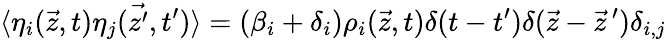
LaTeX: \langle\eta_{i}(\vec{z},t)\eta_{j}(\vec{z^{\prime}},t^{\prime})\rangle=(\beta_{i}+\delta_{i})\rho_{i}(\vec{z},t)\delta(t-t^{\prime})\delta(\vec{z}-\vec{z}\, ^{\prime})\delta_{i,j}